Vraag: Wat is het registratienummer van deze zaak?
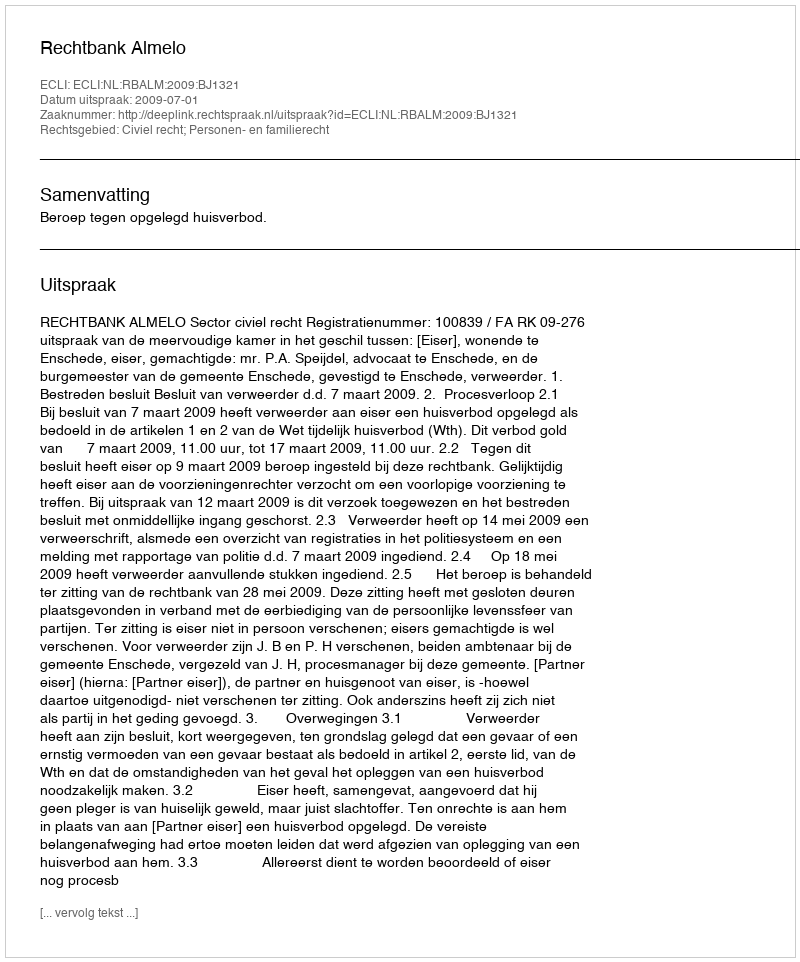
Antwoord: http://deeplink.rechtspraak.nl/uitspraak?id=ECLI:NL:RBALM:2009:BJ1321